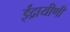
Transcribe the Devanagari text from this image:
ईंद्रायीणी